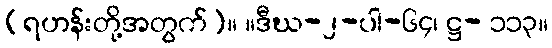
(ရဟန်းတို့အတွက်)။ ။ဒီဃ-၂-ပါ-၆၄၊ ဋ္ဌ- ၁၁၃။